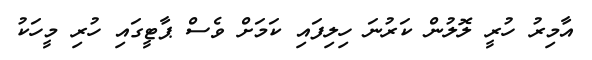
އާމިރު ހުރީ ލޮލުން ކަރުނަ ހިލިފައި ކަމަށް ވެސް ޕާޓީގައި ހުރި މީހަކު